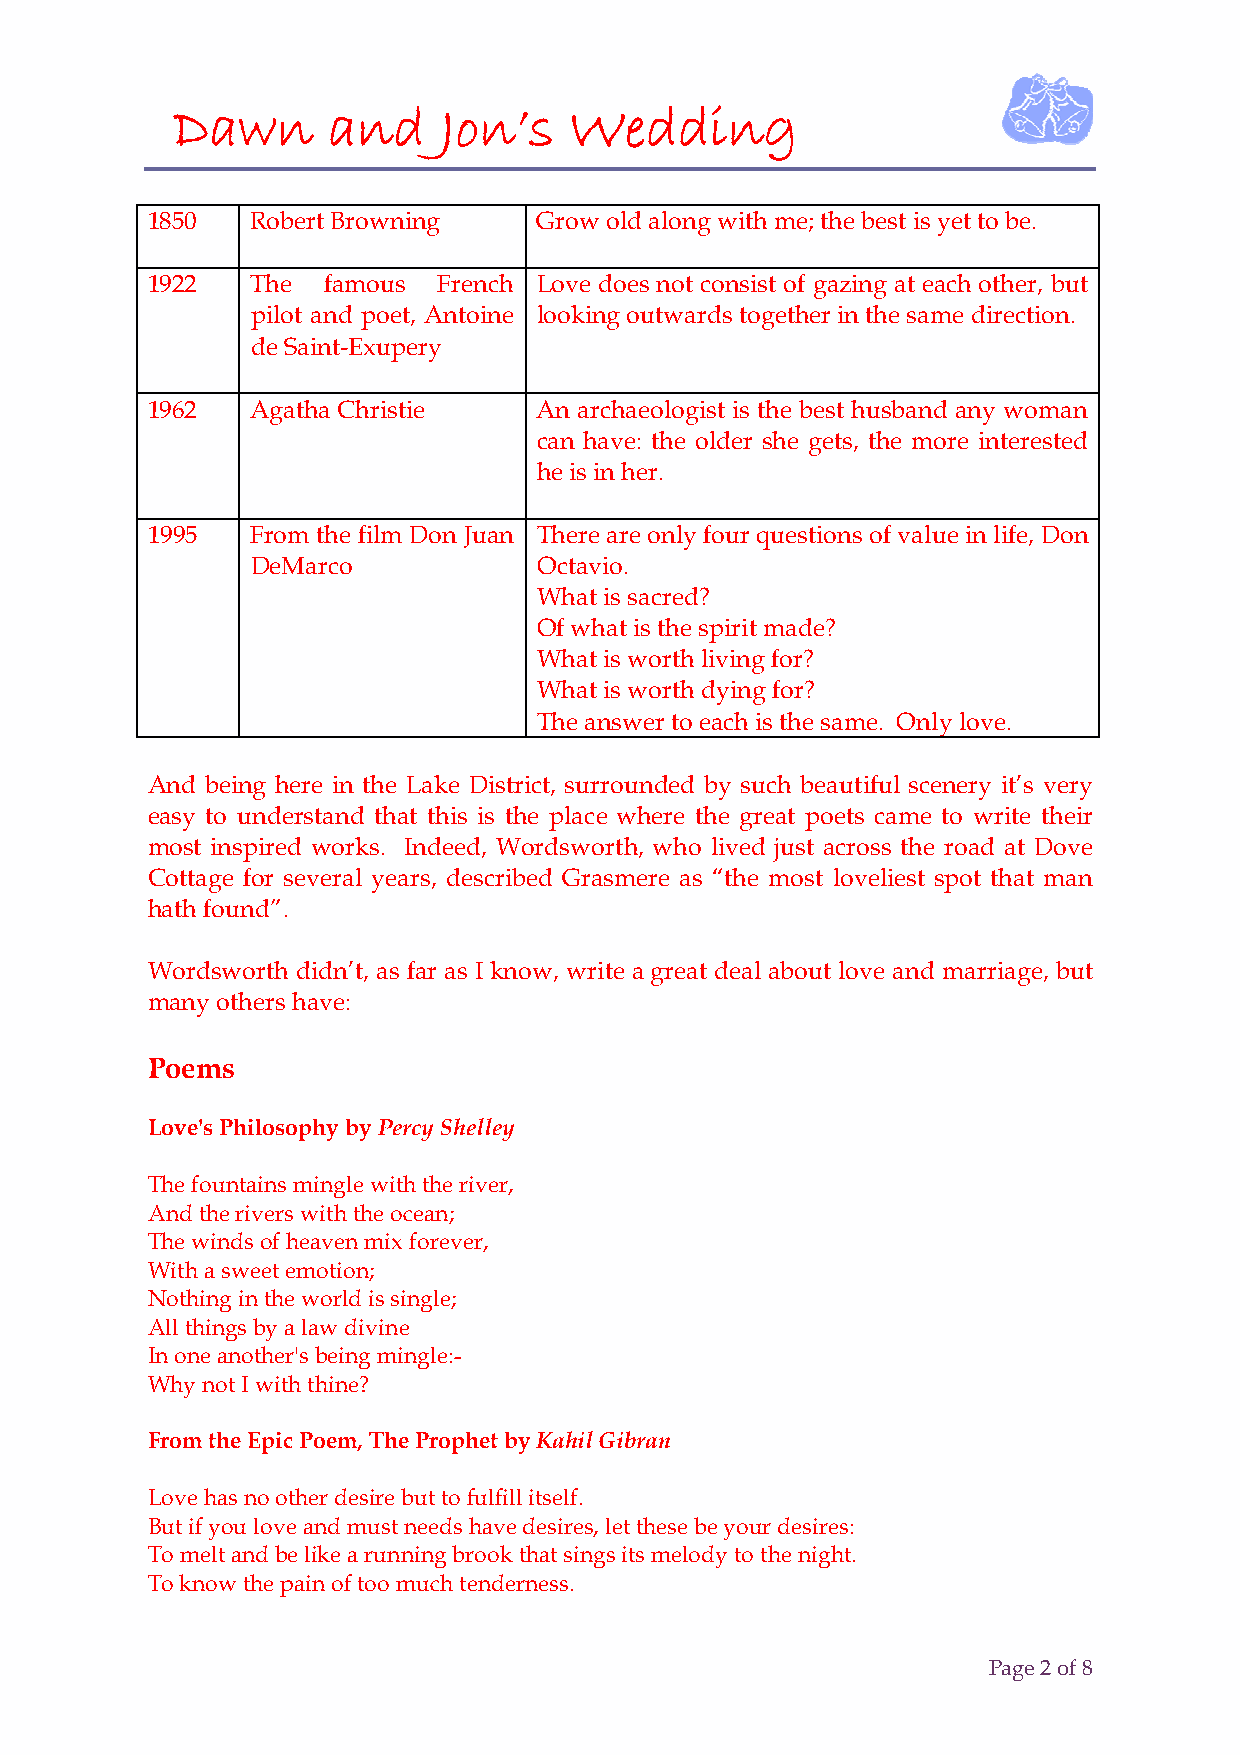
Dawn       and    Jon’s    Wedding
 1850   Robert Browning    Grow old along with me; the best is yet to be.
 1922   The famous  French Love does not consist of gazing at each other, but
 pilot and poet, Antoine looking outwards together in the same direction.
 de Saint-Exupery
 1962   Agatha Christie    An archaeologist is the best husband any woman
 can have: the older she gets, the more interested
 he is in her.
 1995   From the film Don Juan There are only four questions of value in life, Don
 DeMarco            Octavio.
 What is sacred?
 Of what is the spirit made?
 What is worth living for?
 What is worth dying for?
 The answer to each is the same. Only love.
 And being here in the Lake District, surrounded by such beautiful scenery it’s very
 easy to understand that this is the place where the great poets came to write their
 most inspired works. Indeed, Wordsworth, who lived just across the road at Dove
 Cottage for several years, described Grasmere as “the most loveliest spot that man
 hath found”.
 Wordsworth didn’t, as far as I know, write a great deal about love and marriage, but
 many others have:
 Poems
 Love's Philosophy by Percy Shelley
 The fountains mingle with the river,
 And the rivers with the ocean;
 The winds of heaven mix forever,
 With a sweet emotion;
 Nothing in the world is single;
 All things by a law divine
 In one another's being mingle:-
 Why not I with thine?
 From the Epic Poem, The Prophet by Kahil Gibran
 Love has no other desire but to fulfill itself.
 But if you love and must needs have desires, let these be your desires:
 To melt and be like a running brook that sings its melody to the night.
 To know the pain of too much tenderness.
 Page 2 of 8